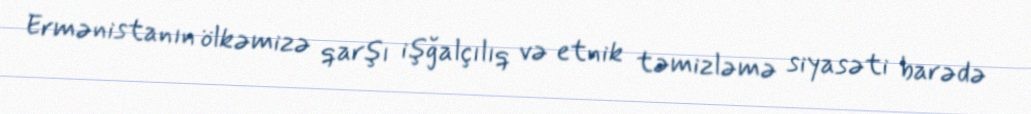
Ermənistanın ölkəmizə qarşı işğalçılıq və etnik təmizləmə siyasəti barədə